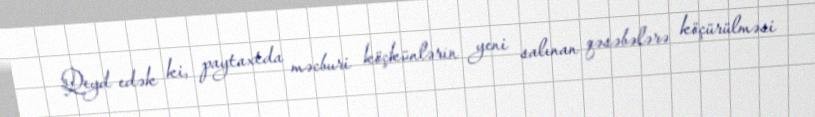
Qeyd edək ki, paytaxtda məcburi köçkünlərin yeni salınan qəsəbələrə köçürülməsi